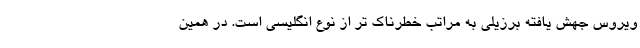
ویروس جهش یافته برزیلی به مراتب خطرناک تر از نوع انگلیسی است. در همین